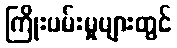
ကြိုးပမ်းမှုများတွင်